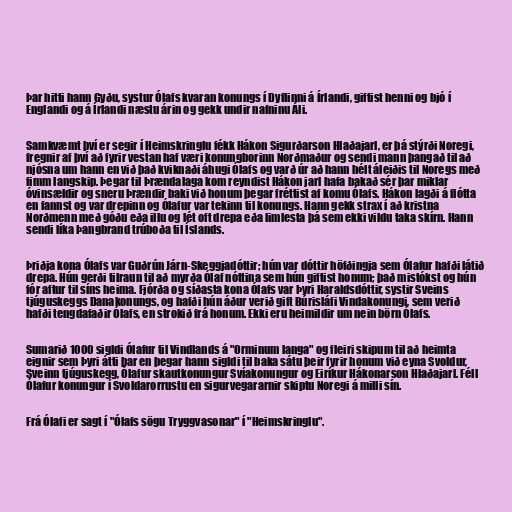
Þar hitti hann Gyðu, systur Ólafs kvaran konungs í Dyflinni á Írlandi, giftist henni og bjó í
Englandi og á Írlandi næstu árin og gekk undir nafninu Áli.

Samkvæmt því er segir í Heimskringlu fékk Hákon Sigurðarson Hlaðajarl, er þá stýrði Noregi,
fregnir af því að fyrir vestan haf væri konungborinn Norðmaður og sendi mann þangað til að
njósna um hann en við það kviknaði áhugi Ólafs og varð úr að hann hélt áleiðis til Noregs með
fimm langskip. Þegar til Þrændalaga kom reyndist Hákon jarl hafa bakað sér þar miklar
óvinsældir og sneru Þrændir baki við honum þegar fréttist af komu Ólafs. Hákon lagði á flótta
en fannst og var drepinn og Ólafur var tekinn til konungs. Hann gekk strax í að kristna
Norðmenn með góðu eða illu og lét oft drepa eða limlesta þá sem ekki vildu taka skírn. Hann
sendi líka Þangbrand trúboða til Íslands.

Þriðja kona Ólafs var Guðrún Járn-Skeggjadóttir; hún var dóttir höfðingja sem Ólafur hafði látið
drepa. Hún gerði tilraun til að myrða Ólaf nóttina sem hún giftist honum; það mistókst og hún
fór aftur til síns heima. Fjórða og síðasta kona Ólafs var Þyri Haraldsdóttir, systir Sveins
tjúguskeggs Danakonungs, og hafði hún áður verið gift Búrisláfi Vindakonungi, sem verið
hafði tengdafaðir Ólafs, en strokið frá honum. Ekki eru heimildir um nein börn Ólafs.

Sumarið 1000 sigldi Ólafur til Vindlands á "Orminum langa" og fleiri skipum til að heimta
eignir sem Þyri átti þar en þegar hann sigldi til baka sátu þeir fyrir honum við eyna Svoldur,
Sveinn tjúguskegg, Ólafur skautkonungur Svíakonungur og Eiríkur Hákonarson Hlaðajarl. Féll
Ólafur konungur í Svoldarorrustu en sigurvegararnir skiptu Noregi á milli sín.

Frá Ólafi er sagt í "Ólafs sögu Tryggvasonar" í "Heimskringlu".